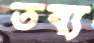
তব্য